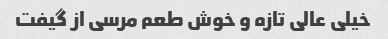
خیلی عالی تازه و خوش طعم مرسی از گیفت